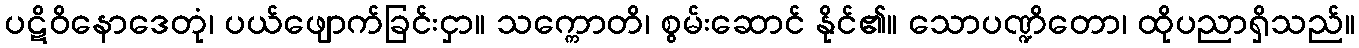
ပဋိဝိနောဒေတုံ၊ ပယ်ဖျောက်ခြင်းငှာ။ သက္ကောတိ၊ စွမ်းဆောင် နိုင်၏။ သောပဏ္ဍိတော၊ ထိုပညာရှိသည်။